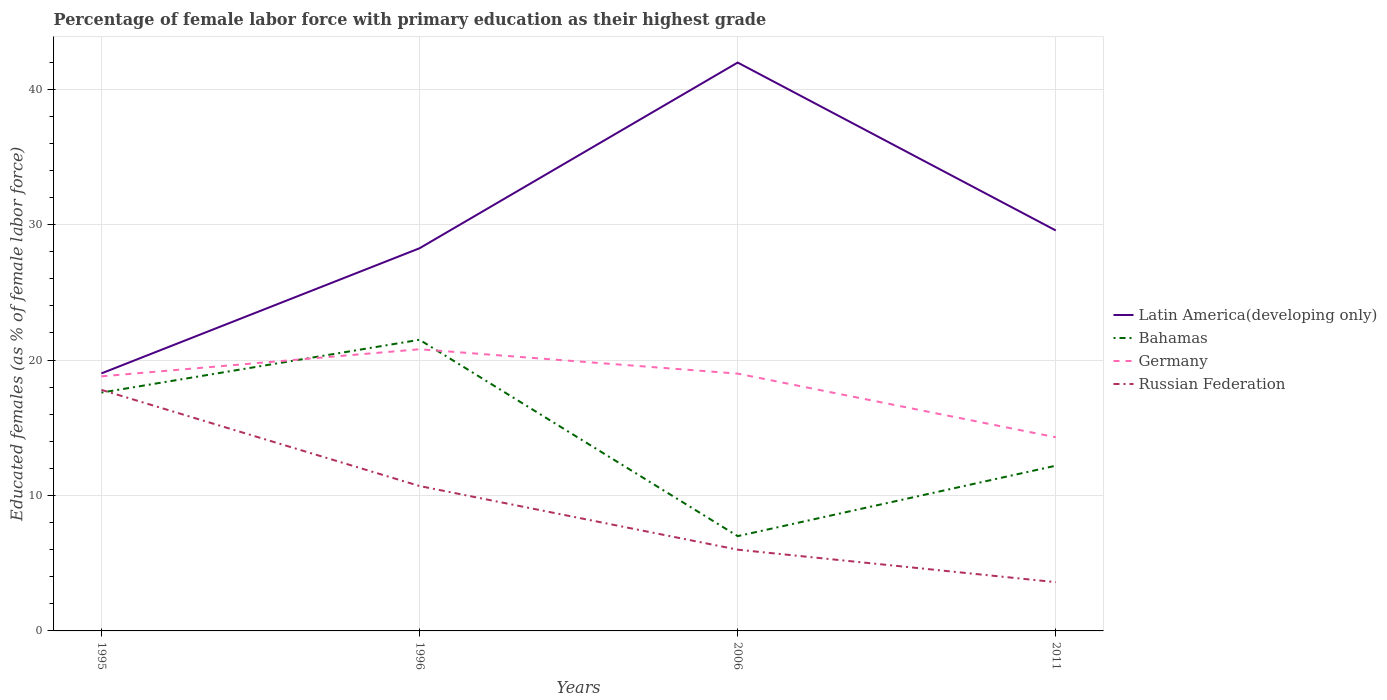
| Years | Latin America(developing only) | Bahamas | Germany | Russian Federation |
 | --- | --- | --- | --- | --- |
 | 1995 | 19 | 17.6 | 18.8 | 17.8 |
 | 1996 | 28.3 | 21.5 | 20.8 | 10.7 |
 | 2006 | 42 | 7 | 19 | 6 |
 | 2011 | 29.6 | 12.2 | 14.3 | 3.6 |